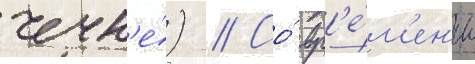
чечн'е́) // Со́ вр'е́м'ен'и